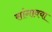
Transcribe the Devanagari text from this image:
सांगावया